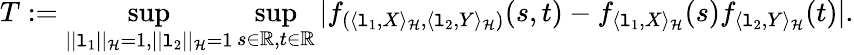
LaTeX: T:=\operatorname*{sup}_{||\mathtt{l}_{1}||_{{\cal{H}}}=1,||\mathtt{l}_{2}||_{{\cal{H}}}=1}\operatorname*{sup}_{s\in\mathbb{{R}},t\in\mathbb{{R}}}|f_{(\langle\mathtt{l}_{1},X\rangle_{{\cal{H}}},\langle\mathtt{l}_{2},Y\rangle_{{\cal{H}}})}(s,t)-f_{\langle\mathtt{l}_{1},X\rangle_{{\cal{H}}}}(s)f_{\langle\mathtt{l}_{2},Y\rangle_{{\cal{H}}}}(t)|.